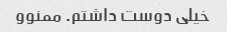
خیلی دوست داشتم. ممنوو